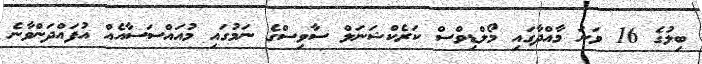
ބިލުގެ 16 ވަނަ މާއްދާގައި މޯލްޑިވްސް ކަރެކްޝަނަލް ސާވިސްގެ ނަމުގައި މުއައްސަސާއެއް އުފައްދަންވާނެ